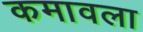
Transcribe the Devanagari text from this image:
कमावला